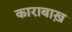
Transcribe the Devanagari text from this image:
काराबाख़